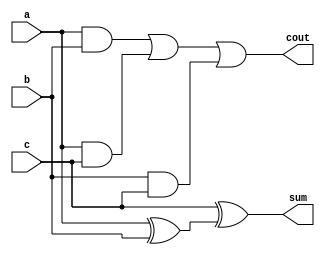
module mul_csa32 (sum, cout, a, b, c);
output sum, cout;
input a, b, c;
wire x, y0, y1, y2;
assign x = a ^ b;
assign sum = c ^ x;
assign y0 = a & b ;
assign y1 = a & c ;
assign y2 = b & c ;
assign cout = y0 | y1 | y2 ;
endmodule